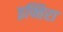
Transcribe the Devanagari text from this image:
इफ्तिरा